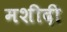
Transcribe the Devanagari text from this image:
मशीदी